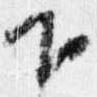
下